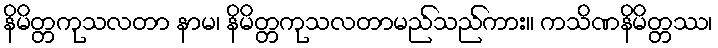
နိမိတ္တကုသလတာ နာမ၊ နိမိတ္တကုသလတာမည်သည်ကား။ ကသိဏနိမိတ္တဿ၊